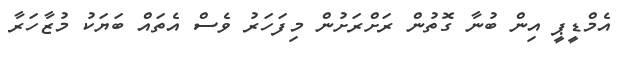
އެމްޑީޕީ އިން ބުނާ ގޮތުން ރަށްރަށުން މިފަހަރު ވެސް އެތައް ބަޔަކު މުޒާހަރާ